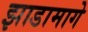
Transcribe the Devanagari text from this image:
झाडामागे